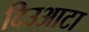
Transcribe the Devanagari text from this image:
दिउआटा